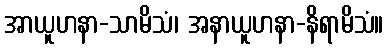
အာယူဟနာ-သာမိသံ၊ အနာယူဟနာ-နိရာမိသံ။